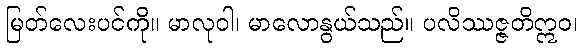
မြတ်လေးပင်ကို။ မာလုဝါ၊ မာလောနွယ်သည်။ ပလိဿဇ္ဇတိဣဝ၊